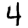
Digit: 4